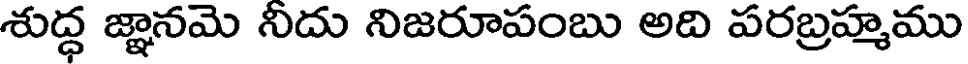
శుద్ధ జ్ఞానమె నీదు నిజరూపంబు అది పరబ్రహ్మము